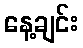
နေ့ချင်း